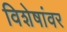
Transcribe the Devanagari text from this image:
विशेषांवर